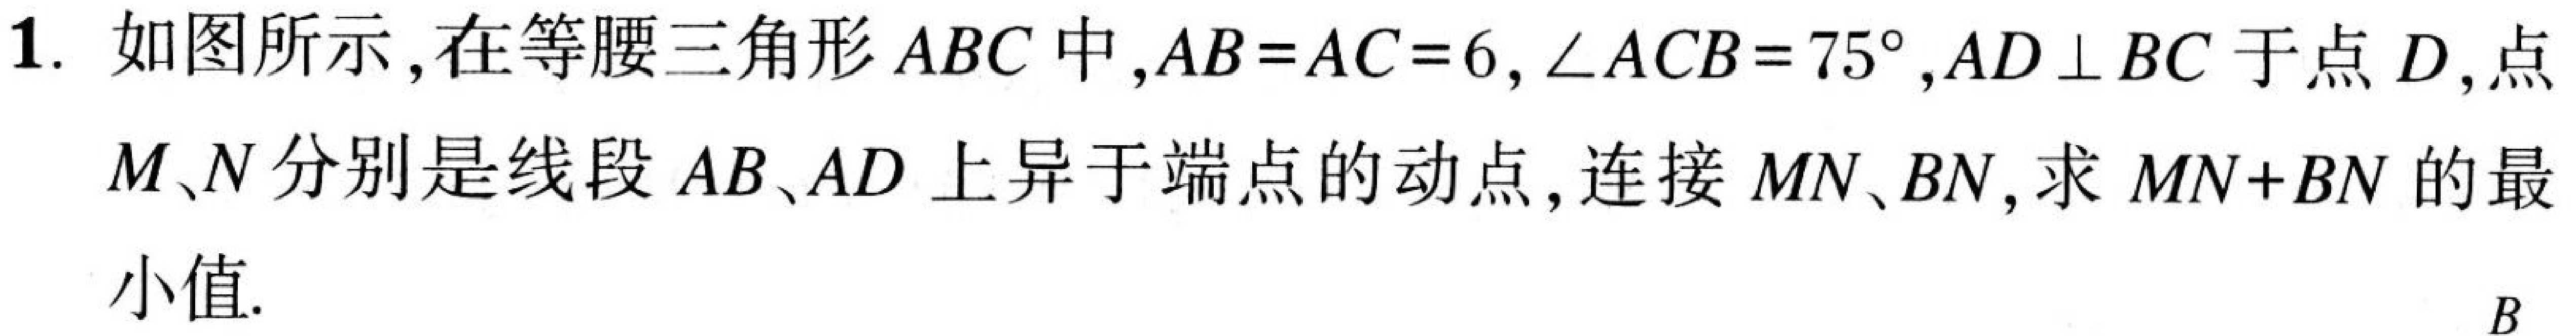
1. 如图所示,在等腰三角形 \(ABC\) 中,\(AB = AC = 6\),\(\angle ACB = 75^{\circ}\),\(AD\perp BC\) 于点 \(D\),点
\(M、N\) 分别是线段 \(AB、AD\) 上异于端点的动点,连接 \(MN、BN\),求 \(MN + BN\) 的最
小值.